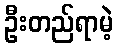
ဦးတည်ရာမဲ့